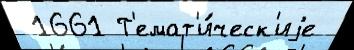
 1661 Т'емат'и́ческ'иjе